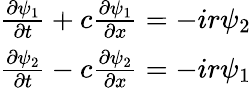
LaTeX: \begin{array}{r}{\frac{\partial\psi_{1}}{\partial t}+c\frac{\partial\psi_{1}}{\partial x}=-ir\psi_{2}}\\ {\frac{\partial\psi_{2}}{\partial t}-c\frac{\partial\psi_{2}}{\partial x}=-ir\psi_{1}}\end{array}